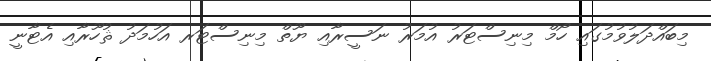
މިބައްދަލުވުމުގައި ހޯމް މިނިސްޓަރު އުމަރު ނަސީރާއި ޔޫތް މިނިސްޓަރ އަހުމަދު ޘުހޫރާއި އެޓާނީ